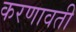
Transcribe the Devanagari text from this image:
करणावती